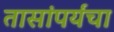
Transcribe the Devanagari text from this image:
तासांपर्यंचा